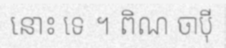
នោះ ទេ ។ ពិណ ចាប៉ី